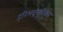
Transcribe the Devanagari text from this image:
हरिभद्रसूरिकृत